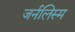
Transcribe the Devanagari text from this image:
जर्नलिस्म